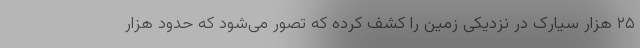
۲۵ هزار سیارک در نزدیکی زمین را کشف کرده که تصور می‌شود که حدود هزار